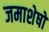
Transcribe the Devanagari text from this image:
जमाशेषों